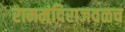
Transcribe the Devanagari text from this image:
राममंदिराजवळच